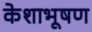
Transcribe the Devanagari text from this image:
केशाभूषण